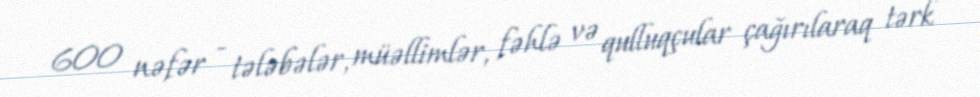
600 nəfər - tələbələr, müəllimlər, fəhlə və qulluqçular çağırılaraq tərk